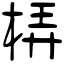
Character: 梇